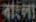
বাংলা